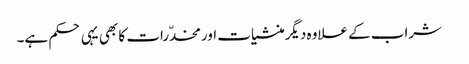
شراب کے علاوہ دیگرمنشیات اورمخدّرات کا بھی یہی حکم ہے۔